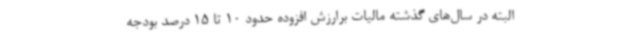
البته در سال‌های گذشته مالیات برارزش افزوده حدود 10 تا 15 درصد بودجه